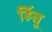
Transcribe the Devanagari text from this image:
हिंतू